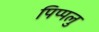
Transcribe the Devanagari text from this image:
पिप्पलु